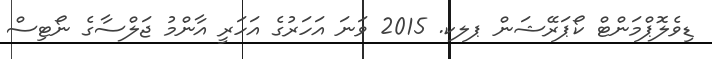
ޑިވެލޮޕްމަންޓް ކޯޕަރޭޝަން ޕލކ. 2015 ވަނަ އަހަރުގެ އަހަރީ އާންމު ޖަލްސާގެ ނޯޓިސް